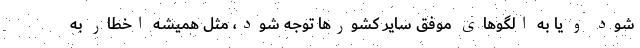
شود و یا به الگوهای موفق سایر کشورها توجه شود، مثل همیشه اخطار به